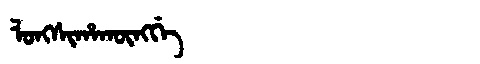
Manchu: ᠯᠣᠩᠰᡳᡥᠠᡴᡡᠩᡤᡝ
Romanization: LONGSIHAKŪNGGE